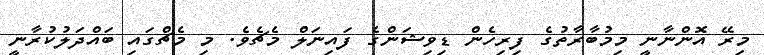
މިރޭ އޮންނާނީ މިމުބާރާތުގެ ފިރިހެން ޑިވިޝަންގެ ފައިނަލް މެޗެވެ. މި މެޗްގައި ބައްދަލުކުރާނީ